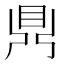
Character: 𪔂